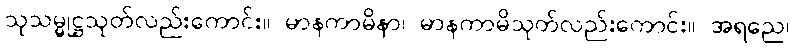
သုသမ္မုဋ္ဌသုတ်လည်းကောင်း။ မာနကာမိနာ၊ မာနကာမိသုတ်လည်းကောင်း။ အရညေ၊